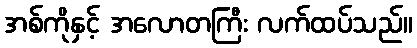
အစ်ကိုနှင့် အလောတကြီး လက်ထပ်သည်။